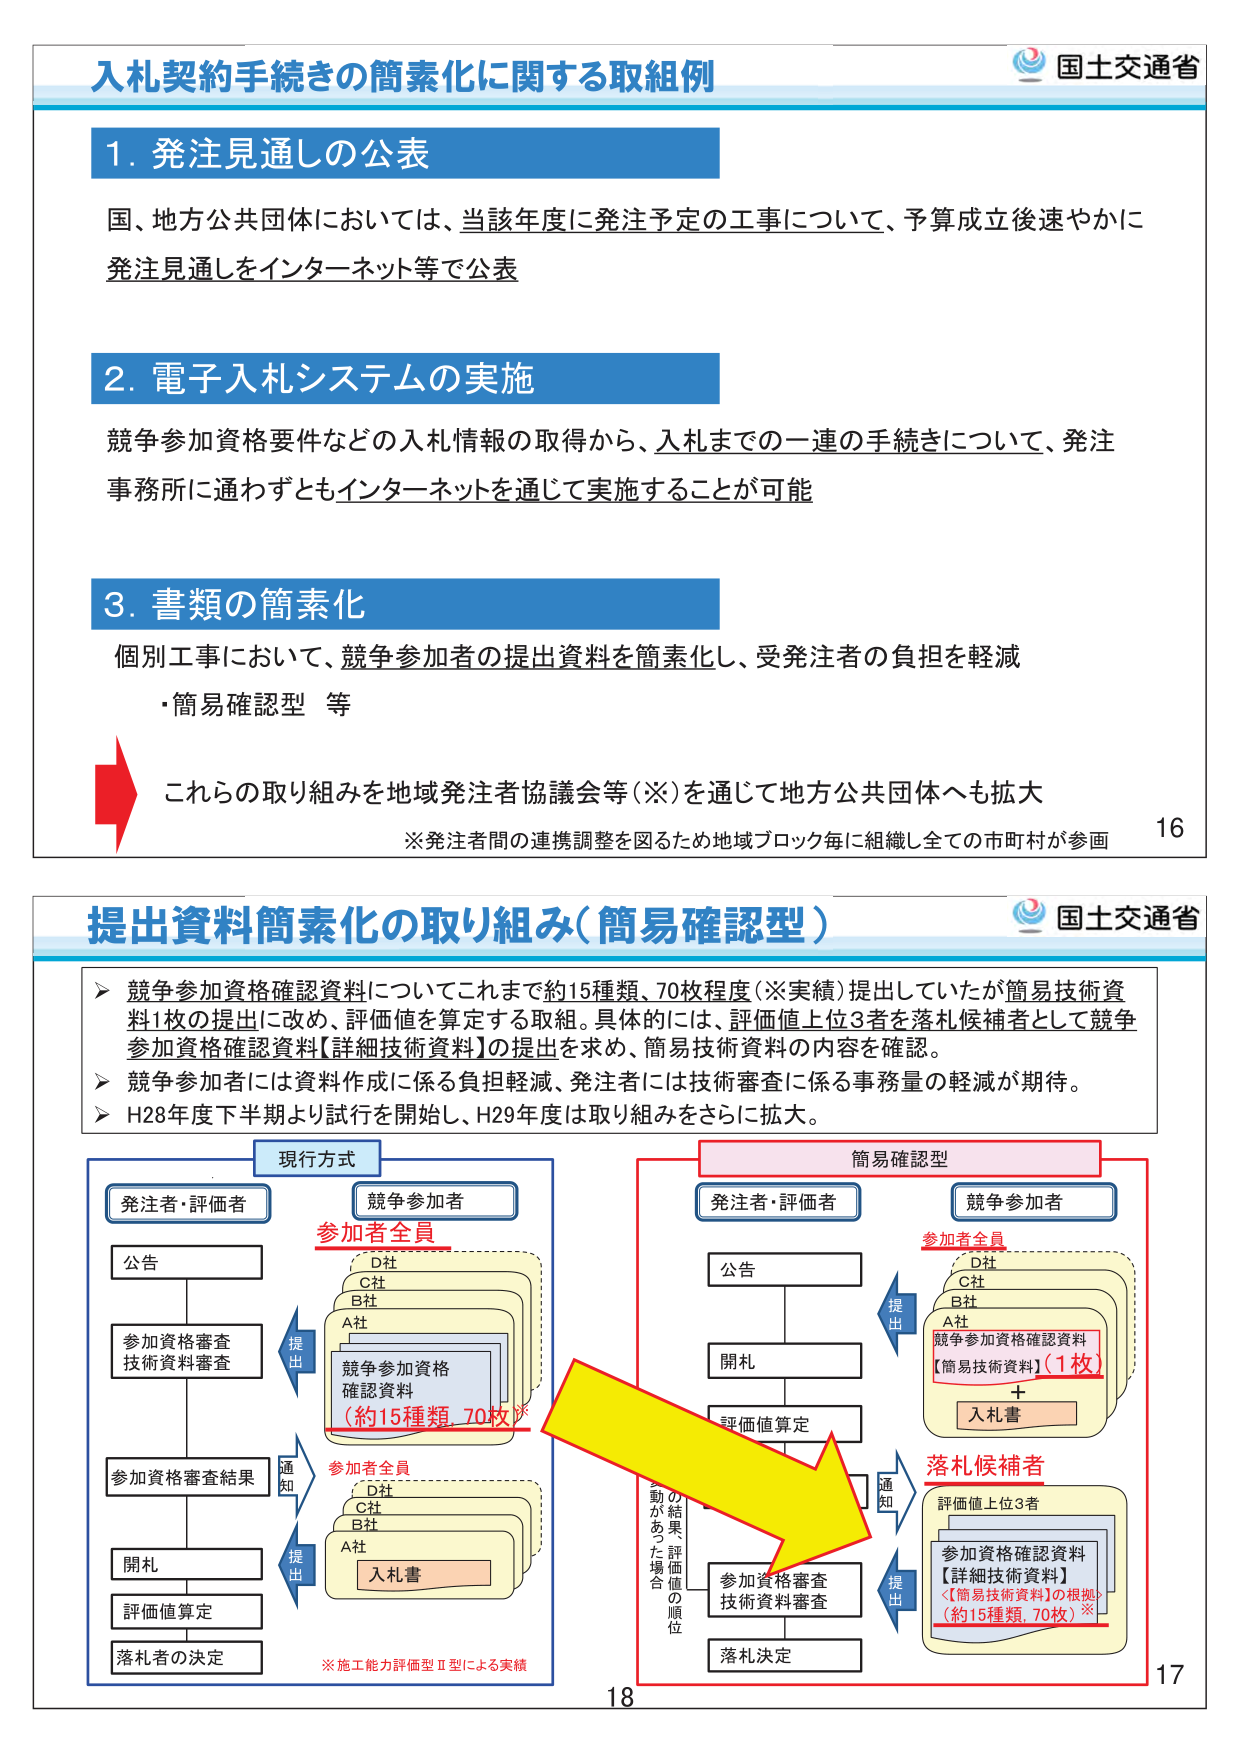
入札契約手続きの簡素化に関する取組例

1. 発注見通しの公表
国、地方公共団体においては、当該年度に発注予定の工事について、予算成立後速やかに
発注見通しをインターネット等で公表

2. 電子入札システムの実施
競争参加資格要件などの入札情報の取得から、入札までの一連の手続きについて、発注
事務所に通わずともインターネットを通じて実施することが可能

3. 書類の簡素化
個別工事において、競争参加者の提出資料を簡素化し、受発注者の負担を軽減
・簡易確認型 等

これらの取り組みを地域発注者協議会等（※）を通じて地方公共団体へも拡大
※発注者間の連携調整を図るため地域ブロック毎に組織し全ての市町村が参画

16

提出資料簡素化の取り組み（簡易確認型）

＞ 競争参加資格確認資料についてこれまで約15種類、70枚程度（※実績）提出していたが簡易技術資料1枚の提出に改め、評価値を算定する取組。具体的には、評価値上位3者を落札候補者として競争参加資格確認資料【詳細技術資料】の提出を求め、簡易技術資料の内容を確認。
＞ 競争参加者には資料作成に係る負担軽減、発注者には技術審査に係る事務量の軽減が期待。
＞ H28年度下半期より試行を開始し、H29年度は取り組みをさらに拡大。

現行方式
発注者・評価者
公告
参加資格審査
技術資料審査
参加資格審査結果
開札
評価値算定
落札者の決定

競争参加者
参加者全員
D社
C社
B社
A社
競争参加資格
確認資料
（約15種類、70枚）
提出
通知
提出
入札書
※施工能力評価型Ⅱ型による実績

簡易確認型
発注者・評価者
公告
開札
評価値算定
参加資格審査
技術資料審査
落札決定

競争参加者
参加者全員
D社
C社
B社
A社
競争参加資格確認資料
【簡易技術資料】（1枚）
＋
入札書
提出
通知
提出
落札候補者
評価値上位3者
参加資格確認資料
【詳細技術資料】
＜【簡易技術資料】の根拠＞
（約15種類、70枚）※

動の結果、評価値の順位
があった場合

18
17

国土交通省
国土交通省